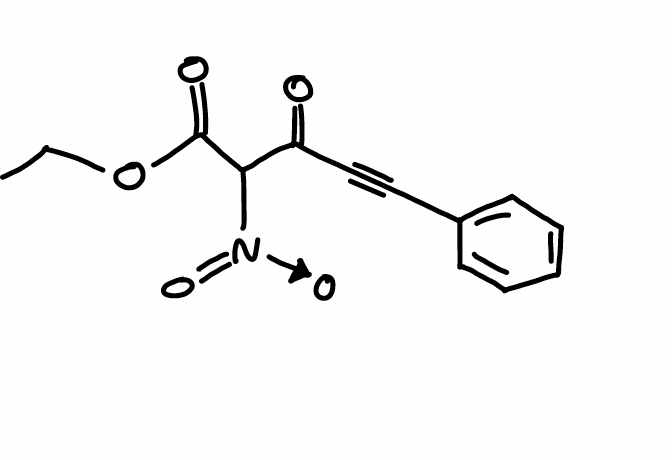
Simplified molecular-input line-entry system (SMILES) notation of the given molecule:
CCOC(=O)C(C(=O)C#CC1=CC=CC=C1)[N+](=O)[O-]